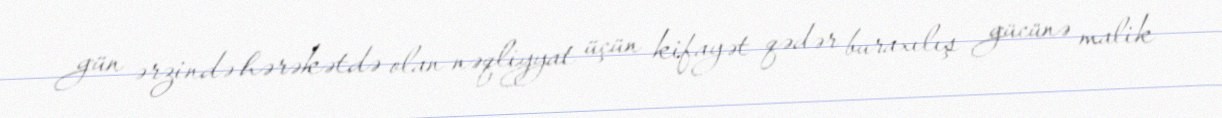
gün ərzində hərəkətdə olan nəqliyyat üçün kifayət qədər buraxılış gücünə malik